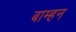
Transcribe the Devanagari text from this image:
बाम्हन